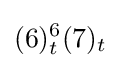
(6)_{t}^{6}(7)_{t}